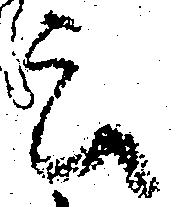
云